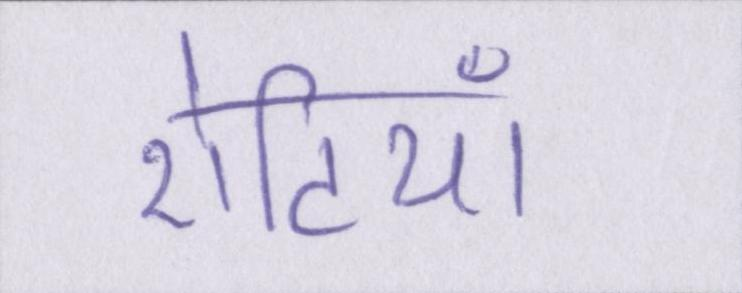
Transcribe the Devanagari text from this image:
रोटियाँ